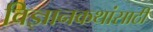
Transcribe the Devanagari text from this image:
विज्ञानकथांसाठी